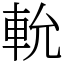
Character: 𨋍